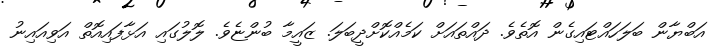
އަބްޔާން ބަލަހައްޓައިގެން އޮތެވެ. ދައްތައަށް ކަމެއްކޮށްދީބަލަ. ޒައީމާ ބުންޏެވެ. ލޮލުގައި އަޅާފައިއޮތް އަވިއައިނު